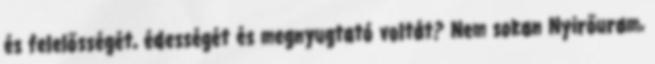
és felelősségét, édességét és megnyugtató voltát? Nem sokan Nyirőuram,